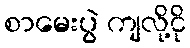
စာမေးပွဲ ကျလို့ငို